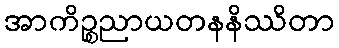
အာကိဉ္စညာယတနနိဿိတာ